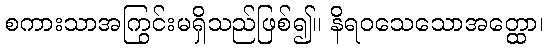
စကားသာအကြွင်းမရှိသည်ဖြစ်၍။ နိရဝသေသောအတ္ထော၊